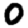
Digit: 0